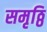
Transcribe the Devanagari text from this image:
समृठ्ठि